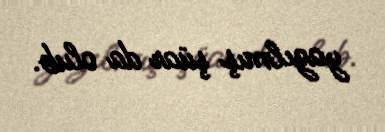
yazılmış şüar da olub.